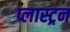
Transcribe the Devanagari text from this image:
प्लास्ट्रन